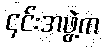
၎င်းအဖွဲ့က